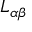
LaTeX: L _ { \alpha \beta }